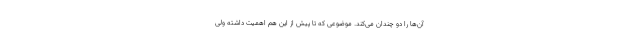
آن‌ها را دو چندان می‌کند. موضوعی که تا پیش از این هم اهمیت داشته ولی